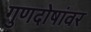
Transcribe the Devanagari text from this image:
गुणदोषांवर